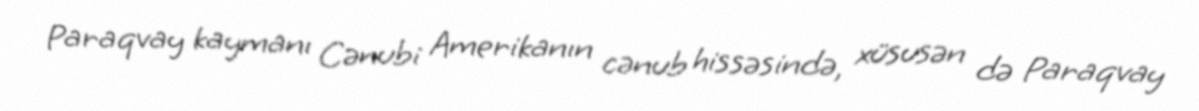
Paraqvay kaymanı Cənubi Amerikanın cənub hissəsində, xüsusən də Paraqvay